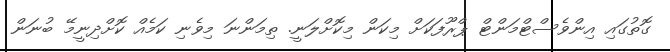
ގޮތުގައި އިންވެސްޓްމަންޓް ޕްރޫފަކަށް މިކަން މިކޮށްލަނީ. ތިމަންނަ މިވެނި ކަމެއް ކޮށްދިނީމޭ ބުނަން